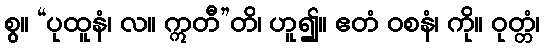
စွ။ “ပုထူနံ၊ လ။ ဣတီ”တိ၊ ဟူ၍။ ဧတံ ဝစနံ၊ ကို။ ဝုတ္တံ၊